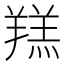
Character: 𦎴